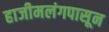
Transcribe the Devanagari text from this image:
हाजीमलंगपासून